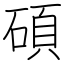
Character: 碩